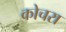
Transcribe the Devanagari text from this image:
कोचरा